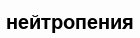
нейтропения